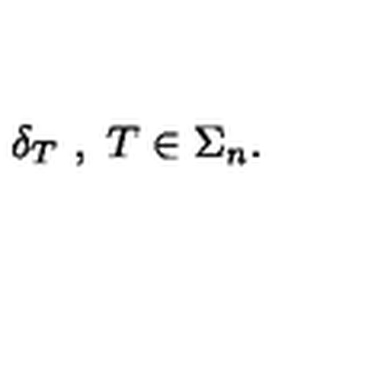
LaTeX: \delta _ { T } \ , \ T \in \Sigma _ { n } .